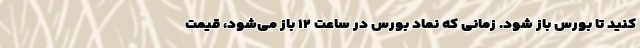
کنید تا بورس باز شود. زمانی که نماد بورس در ساعت ۱۲ باز می‌شود، قیمت